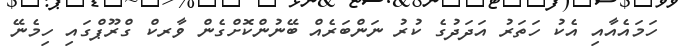
ހަމައެއާއި އެކު ހަތަރު އަދަދުގެ ކުރު ނަންބަރެއް ބޭނުންކޮށްގެން ވާރކް ގްރޫޕްގައި ހިމެނޭ